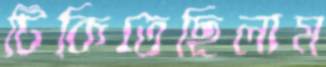
টিকিতেছিলাম